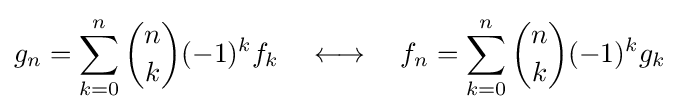
g_{n}=\sum _{k=0}^{n}{\binom {n}{k}}(-1)^{k}f_{k}\quad \longleftrightarrow \quad f_{n}=\sum _{k=0}^{n}{\binom {n}{k}}(-1)^{k}g_{k}